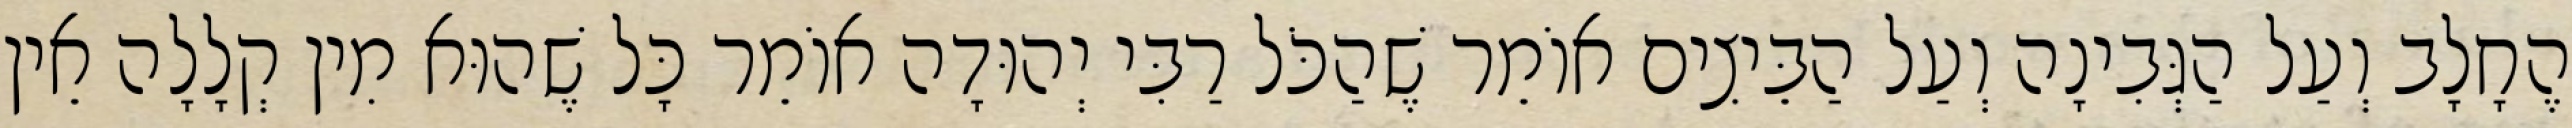
הֶחָלָב וְעַל הַגְּבִינָה וְעַל הַבֵּיצִים אוֹמֵר שֶׁהַכֹּל רַבִּי יְהוּדָה אוֹמֵר כָּל שֶׁהוּא מִין קְלָלָה אֵין